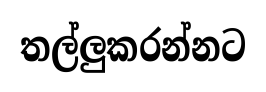
තල්ලුකරන්නට